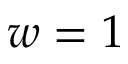
w = 1